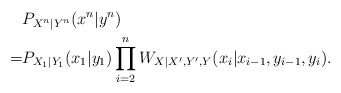
\begin{align*}& P_{X^n|Y^n}(x^n|y^n) \\= &P_{X_1|Y_1}(x_1|y_1) \prod_{i=2}^n W_{X|X',Y',Y}(x_i | x_{i-1},y_{i-1},y_i).\end{align*}